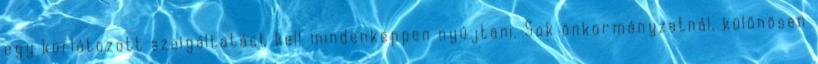
egy korlátozott szolgáltatást kell mindenképpen nyújtani. Sok önkormányzatnál, különösen